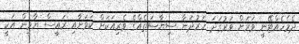
ދެމެހެއްޓޭނީ ވަރަށް ވަރުގަދަ ހަރުދަނާ ސިޔާސަތެއްގެ ވެރިއަކަށް ކަމަށާއި ރައީސް ޔާމީން އަކީ